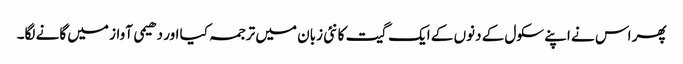
پھر اس نے اپنے سکول کے دنوں کے ایک گیت کا نئی زبان میں ترجمہ کیا اور دھیمی آواز میں گانے لگا۔